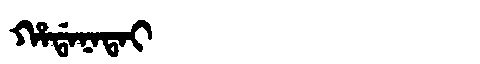
Manchu: ᡥᠠᡩᠠᠨᠠᡨᠠᡳ
Romanization: HADANATAI